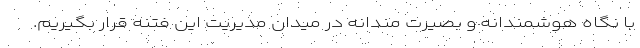
با نگاه هوشمندانه و بصیرت مندانه در میدان مدیریت این فتنه قرار بگیریم.